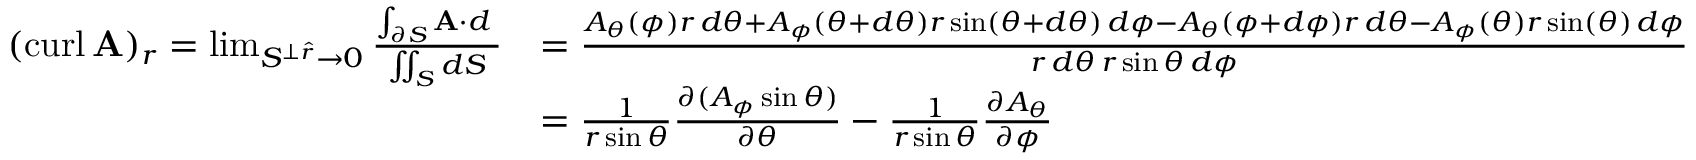
{ \begin{array} { r l } { ( \operatorname { c u r l } \mathbf { A } ) _ { r } = \operatorname* { l i m } _ { S ^ { \perp { \boldsymbol { \hat { r } } } } \to 0 } { \frac { \int _ { \partial S } \mathbf { A } \cdot d \mathbf { \ell } } { \iint _ { S } d S } } } & { = { \frac { A _ { \theta } ( \phi ) r \, d \theta + A _ { \phi } ( \theta + d \theta ) r \sin ( \theta + d \theta ) \, d \phi - A _ { \theta } ( \phi + d \phi ) r \, d \theta - A _ { \phi } ( \theta ) r \sin ( \theta ) \, d \phi } { r \, d \theta \, r \sin \theta \, d \phi } } } \\ & { = { \frac { 1 } { r \sin \theta } } { \frac { \partial ( A _ { \phi } \sin \theta ) } { \partial \theta } } - { \frac { 1 } { r \sin \theta } } { \frac { \partial A _ { \theta } } { \partial \phi } } } \end{array} }